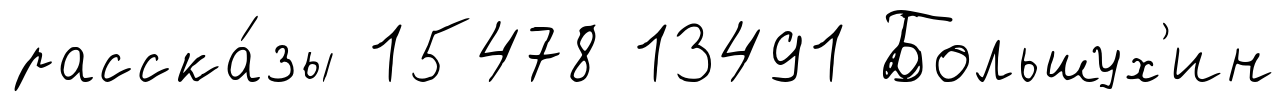
расска́зы 15478 13491 Большух'ин